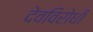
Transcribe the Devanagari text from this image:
देवविरोधी